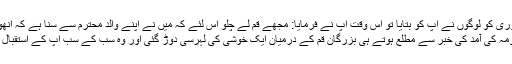
اس دوری کو لوگوں نے آپ کو بتایا تو اس وقت آپ نے فرمایا: مجھے قم لے چلو اس لئے کہ میں نے اپنے والد محترم سے سنا ہے کہ انھوں نے فرمایا :
حضرت معصومہ کی آمد کی خبر سے مطلع ہوتے ہی بزرگان قم کے درمیان ایک خوشی کی لہرسی دوڑ گئی اور وہ سب کے سب آپ کے استقبال میں دوڑ پڑے۔